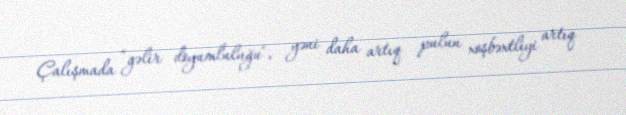
Çalışmada “gəlir doyumluluğu", yəni daha artıq pulun xoşbəxtliyi artıq